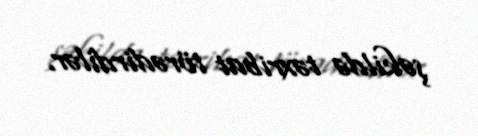
şəkildə təxribat törədirdilər.